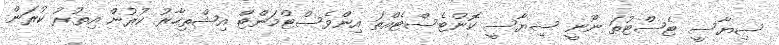
ސިޔާސީ ޓެސްޓުތަ ނޫނީ ސިޔާސީ ކޮންޓެސްޓެއްތަ އިންވެސްޓްމަންޓް އިޝްތިހާރު ކުރުން އިތުރު ކުރަން